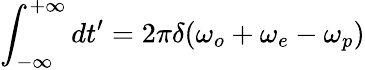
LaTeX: \int_{-\infty}^{+\infty}dt^{\prime}=2\pi\delta(\omega_{o}+\omega_{e}-\omega_{p})